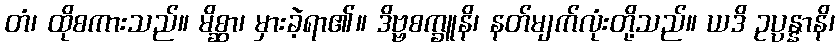
တံ၊ ထိုစကားသည်။ မိစ္ဆာ၊ မှားခဲ့ရာ၏။ ဒိဗ္ဗစက္ခူနိ၊ နတ်မျက်လုံးတို့သည်။ ယဒိ ဥပ္ပန္နာနိ၊